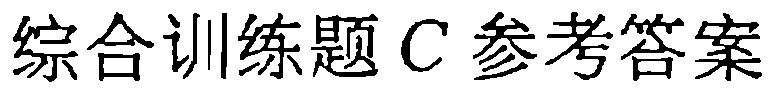
综合训练题C参考答案